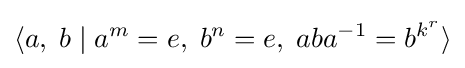
\langle a,\;b\mid a^{m}=e,\;b^{n}=e,\;aba^{-1}=b^{k^{r}}\rangle